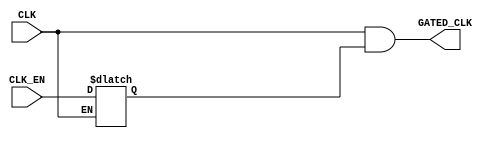

/////////////////////////////////////////////////////////////
/////////////////////// Clock Gating ////////////////////////
/////////////////////////////////////////////////////////////

module CLK_GATE (
input      CLK_EN,
input      CLK,
output     GATED_CLK
);

//internal connections
reg     Latch_Out ;

//latch (Level Sensitive Device)
always @(CLK or CLK_EN)
 begin
  if(!CLK)      // active low
   begin
    Latch_Out <= CLK_EN ;
   end
 end
 
 
// ANDING
assign  GATED_CLK = CLK && Latch_Out ;





endmodule